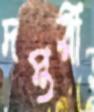
দপ্তরী